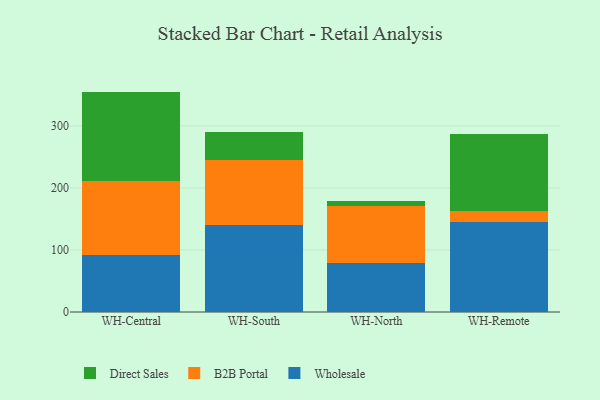
{"axis": {"x": "Warehouse", "y": "LTV (USD)"}, "legend": ["B2B Portal", "Direct Sales", "Wholesale"], "data": [{"x": "WH-Central", "y": 92.7, "type": "Wholesale"}, {"x": "WH-Central", "y": 118.4, "type": "B2B Portal"}, {"x": "WH-Central", "y": 144.2, "type": "Direct Sales"}, {"x": "WH-South", "y": 140.4, "type": "Wholesale"}, {"x": "WH-South", "y": 104.9, "type": "B2B Portal"}, {"x": "WH-South", "y": 44.4, "type": "Direct Sales"}, {"x": "WH-North", "y": 79.3, "type": "Wholesale"}, {"x": "WH-North", "y": 92.3, "type": "B2B Portal"}, {"x": "WH-North", "y": 7.3, "type": "Direct Sales"}, {"x": "WH-Remote", "y": 145.1, "type": "Wholesale"}, {"x": "WH-Remote", "y": 17.9, "type": "B2B Portal"}, {"x": "WH-Remote", "y": 123.3, "type": "Direct Sales"}]}